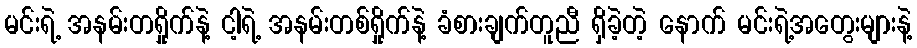
မင်းရဲ့ အနမ်းတရှိုက်နဲ့ ငါ့ရဲ့ အနမ်းတစ်ရှိုက်နဲ့ ခံစားချက်တူညီ ရှိခဲ့တဲ့ နောက် မင်းရဲ့အတွေးများနဲ့